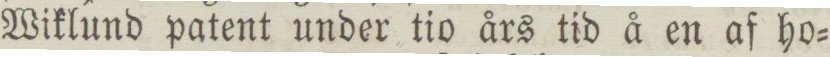
Wiklund patent under tio års tid å en af ho=